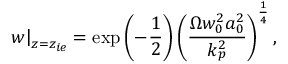
\left. w \right| _ { z = z _ { i e } } = \exp \left( - \frac { 1 } { 2 } \right) \left( \frac { \Omega w _ { 0 } ^ { 2 } a _ { 0 } ^ { 2 } } { k _ { p } ^ { 2 } } \right) ^ { \frac { 1 } { 4 } } ,